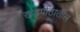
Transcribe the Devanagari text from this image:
खंडपीठातील